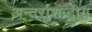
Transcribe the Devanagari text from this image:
अन्तर्राशःट्रीय